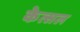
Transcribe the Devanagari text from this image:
केत्सल